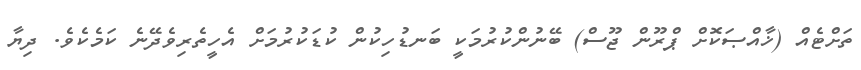
ތަށްޓެއް (ޚާއްޞަކޮށް ޕްރޫން ޖޫސް) ބޭނުންކުރުމަކީ ބަނޑުހިކުން ކުޑަކުރުމަށް އެހީތެރިވެދޭނެ ކަމެކެވެ. ދިޔާ